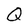
Character: Q